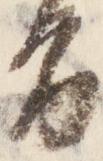
旨